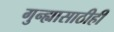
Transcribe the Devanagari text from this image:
गुन्ह्यासाठीही